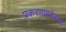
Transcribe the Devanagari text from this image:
प्रकरणाबरोबरच